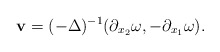
\begin{align*} \mathbf{v} = (-\Delta)^{-1} (\partial_{x_2} \omega, -\partial_{x_1} \omega).\end{align*}